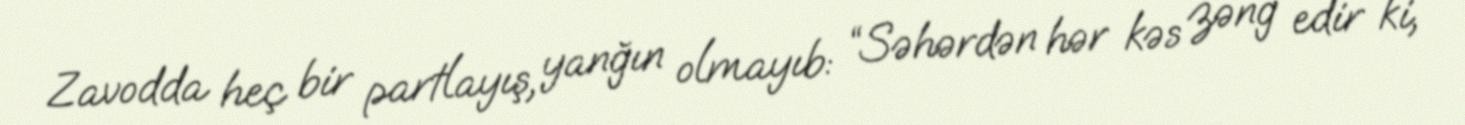
Zavodda heç bir partlayış, yanğın olmayıb: “Səhərdən hər kəs zəng edir ki,